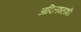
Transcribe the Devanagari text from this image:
आदिलशहाशी